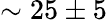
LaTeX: \sim 25\pm 5